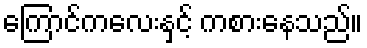
ကြောင်ကလေးနှင့် ကစားနေသည်။